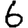
Digit: 6